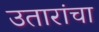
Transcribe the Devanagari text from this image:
उतारांचा